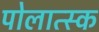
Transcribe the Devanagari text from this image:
पोलात्स्क